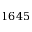
1 6 4 5